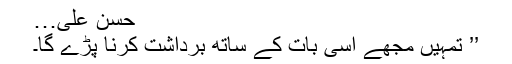
حسن علی…
’’ تمہیں مجھے اسی بات کے ساتھ برداشت کرنا پڑے گا۔